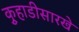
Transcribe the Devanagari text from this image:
कुर्‍हाडीसारखे